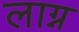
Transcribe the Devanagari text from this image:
लाग्न